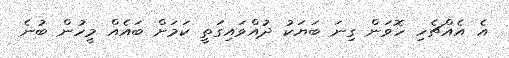
އެ އެއްޗެހި ހޮވަން ގިނަ ބަޔަކު ދުއްވައިގަތީ ކަމަށް ބައެއް މީހުން ބުނެ